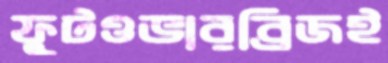
ফুটওভারব্রিজই